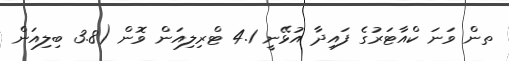
ތން ވަނަ ކްއާޓަރުގެ ފައިދާ އުޅޭނީ 4.1 ޓްރިލިއަން ވޮން (3.8 ބިލިއަން